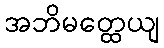
အဘိမတ္ထေယျ